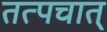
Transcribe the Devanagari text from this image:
तत्पचात्